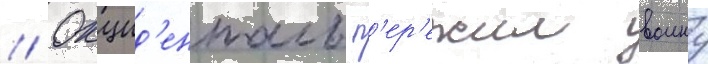
// Окцид'енталь п'ер'ежил воину